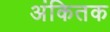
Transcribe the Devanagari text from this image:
अंकितक